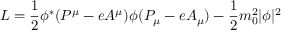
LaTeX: L = \frac { 1 } { 2 } \phi ^ { * } ( P ^ { \mu } - e A ^ { \mu } ) \phi ( P _ { \mu } - e A _ { \mu } ) - \frac { 1 } { 2 } m _ { 0 } ^ { 2 } | \phi | ^ { 2 }